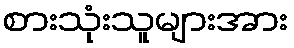
စားသုံးသူများအား